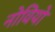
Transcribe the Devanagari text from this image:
नोवियो